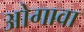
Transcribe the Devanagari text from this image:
ओगावा